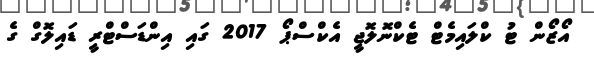
އޯޒޯން ޓު ކްލައިމެޓް ޓެކްނޮލޮޖީ އެކްސްޕޯ 2017 ގައި އިންޑަސްޓްރީ ޑައިލޮގް ގެ